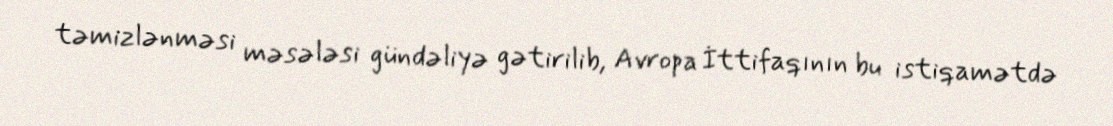
təmizlənməsi məsələsi gündəliyə gətirilib, Avropa İttifaqının bu istiqamətdə